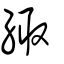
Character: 緅